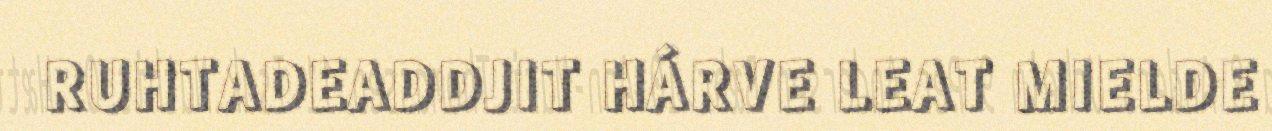
RUHTADEADDJIT HÁRVE LEAT MIELDE